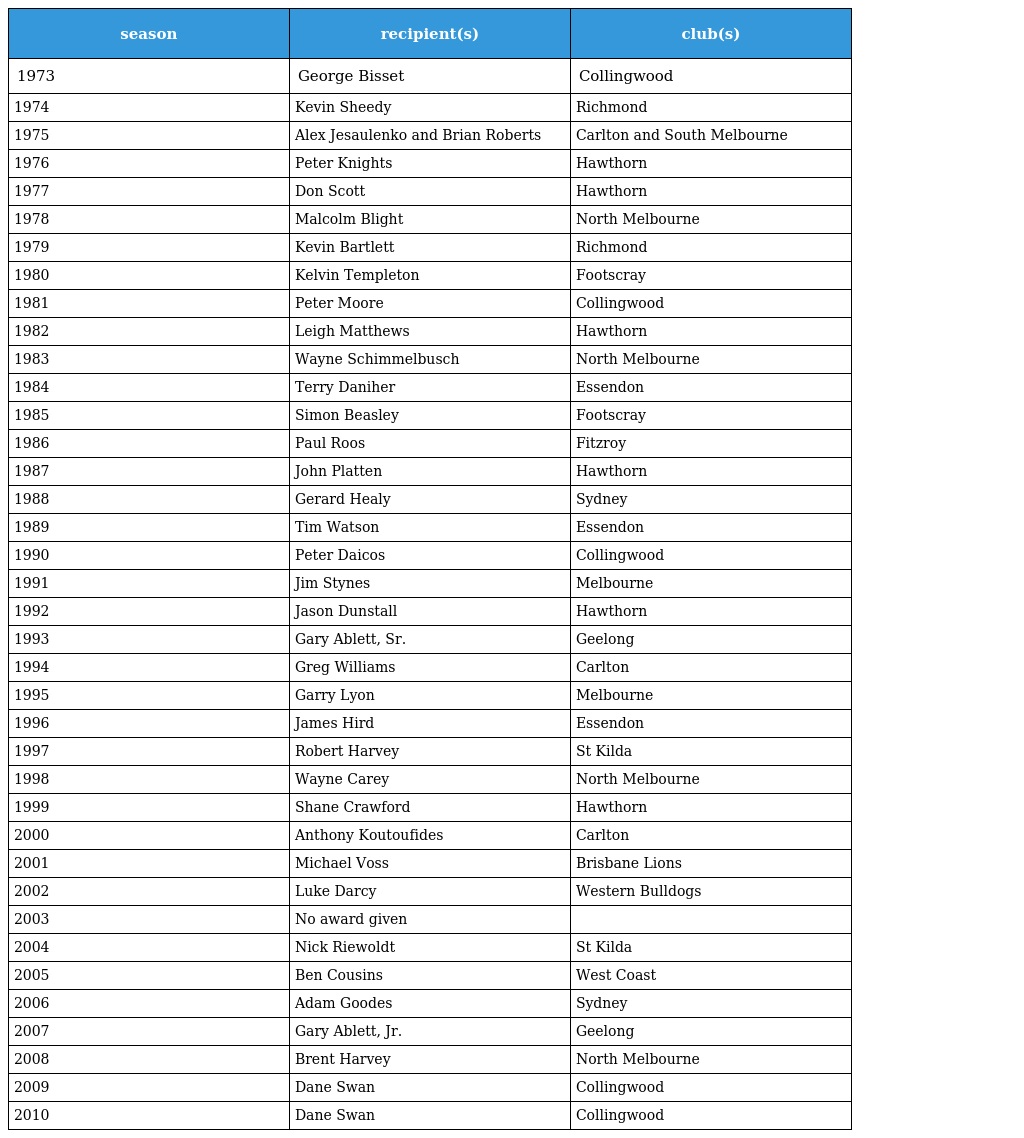
| season | recipient(s) | club(s) |
 | --- | --- | --- |
 | 1973 | George Bisset | Collingwood |
 | 1974 | Kevin Sheedy | Richmond |
 | 1975 | Alex Jesaulenko and Brian Roberts | Carlton and South Melbourne |
 | 1976 | Peter Knights | Hawthorn |
 | 1977 | Don Scott | Hawthorn |
 | 1978 | Malcolm Blight | North Melbourne |
 | 1979 | Kevin Bartlett | Richmond |
 | 1980 | Kelvin Templeton | Footscray |
 | 1981 | Peter Moore | Collingwood |
 | 1982 | Leigh Matthews | Hawthorn |
 | 1983 | Wayne Schimmelbusch | North Melbourne |
 | 1984 | Terry Daniher | Essendon |
 | 1985 | Simon Beasley | Footscray |
 | 1986 | Paul Roos | Fitzroy |
 | 1987 | John Platten | Hawthorn |
 | 1988 | Gerard Healy | Sydney |
 | 1989 | Tim Watson | Essendon |
 | 1990 | Peter Daicos | Collingwood |
 | 1991 | Jim Stynes | Melbourne |
 | 1992 | Jason Dunstall | Hawthorn |
 | 1993 | Gary Ablett, Sr. | Geelong |
 | 1994 | Greg Williams | Carlton |
 | 1995 | Garry Lyon | Melbourne |
 | 1996 | James Hird | Essendon |
 | 1997 | Robert Harvey | St Kilda |
 | 1998 | Wayne Carey | North Melbourne |
 | 1999 | Shane Crawford | Hawthorn |
 | 2000 | Anthony Koutoufides | Carlton |
 | 2001 | Michael Voss | Brisbane Lions |
 | 2002 | Luke Darcy | Western Bulldogs |
 | 2003 | No award given |  |
 | 2004 | Nick Riewoldt | St Kilda |
 | 2005 | Ben Cousins | West Coast |
 | 2006 | Adam Goodes | Sydney |
 | 2007 | Gary Ablett, Jr. | Geelong |
 | 2008 | Brent Harvey | North Melbourne |
 | 2009 | Dane Swan | Collingwood |
 | 2010 | Dane Swan | Collingwood |